Lunatic asylums Central Provinces reports 1895-1909 - 1895-1909
Year: 1895
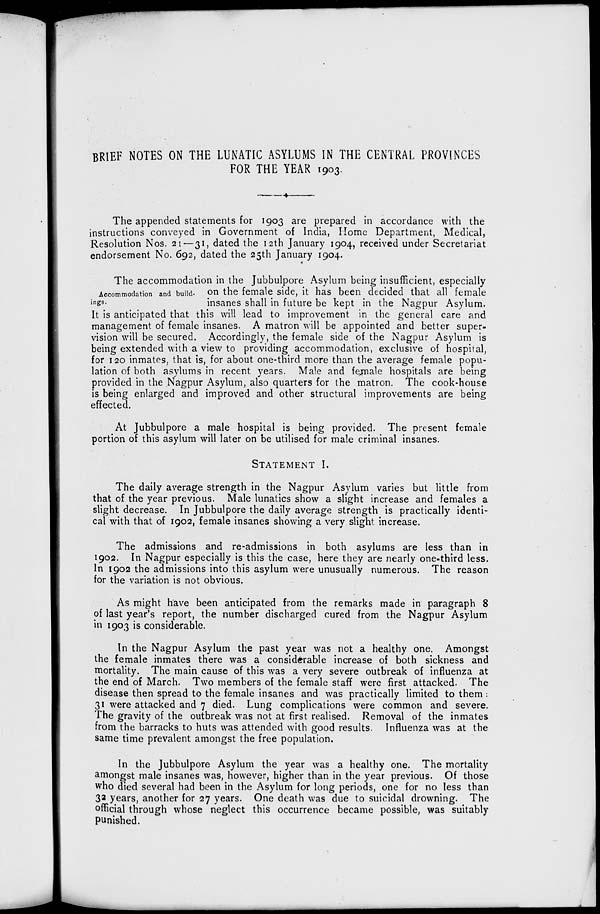
BRIEF NOTES ON THE LUNATIC ASYLUMS IN THE CENTRAL PROVINCES
FOR THE YEAR 1903.
The appended statements for 1903 are prepared in accordance with the
instructions conveyed in Government of India, Home Department, Medical,
Resolution Nos. 21—31, dated the 12th January 1904, received under Secretariat
endorsement No. 692, dated the 25th January 1904.
Accommodation and build-
ings.
The accommodation in the Jubbulpore Asylum being insufficient, especially
on the female side, it has been decided that all female
insanes shall in future be kept in the Nagpur Asylum.
It is anticipated that this will lead to improvement in the general care and
management of female insanes. A matron will be appointed and better super-
vision will be secured. Accordingly, the female side of the Nagpur Asylum is
being extended with a view to providing accommodation, exclusive of hospital,
for 120 inmates, that is, for about one-third more than the average female popu-
lation of both asylums in recent years. Male and female hospitals are being
provided in the Nagpur Asylum, also quarters for the matron. The cook-house
is being enlarged and improved and other structural improvements are being
effected.
At Jubbulpore a male hospital is being provided. The present female
portion of this asylum will later on be utilised for male criminal insanes.
STATEMENT I.
The daily average strength in the Nagpur Asylum varies but little from
that of the year previous. Male lunatics show a slight increase and females a
slight decrease. In Jubbulpore the daily average strength is practically identi-
cal with that of 1902, female insanes showing a very slight increase.
The admissions and re-admissions in both asylums are less than in
1902. In Nagpur especially is this the case, here they are nearly one-third less.
In 1902 the admissions into this asylum were unusually numerous. The reason
for the variation is not obvious.
As might have been anticipated from the remarks made in paragraph 8
of last year's report, the number discharged cured from the Nagpur Asylum
in 1903 is considerable.
In the Nagpur Asylum the past year was not a healthy one. Amongst
the female inmates there was a considerable increase of both sickness and
mortality. The main cause of this was a very severe outbreak of influenza at
the end of March. Two members of the female staff were first attacked. The
disease then spread to the female insanes and was practically limited to them :
31 were attacked and 7 died. Lung complications were common and severe.
The gravity of the outbreak was not at first realised. Removal of the inmates
from the barracks to huts was attended with good results. Influenza was at the
same time prevalent amongst the free population.
In the Jubbulpore Asylum the year was a healthy one. The mortality
amongst male insanes was, however, higher than in the year previous. Of those
who died several had been in the Asylum for long periods, one for no less than
32 years, another for 27 years. One death was due to suicidal drowning. The
official through whose neglect this occurrence became possible, was suitably
punished.